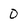
Character: 0